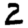
Digit: 2